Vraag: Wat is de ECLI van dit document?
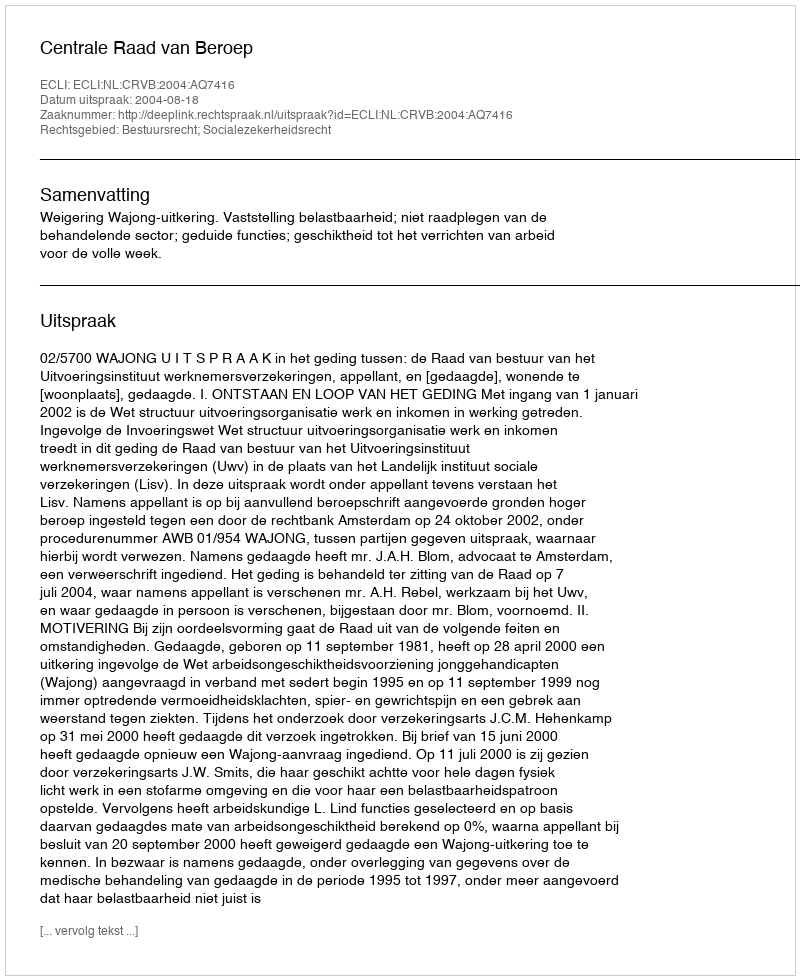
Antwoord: ECLI:NL:CRVB:2004:AQ7416